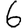
Digit: 6